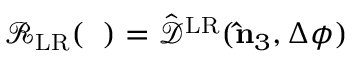
\mathcal { R } _ { \mathrm { L R } } ( { \it \Delta \phi } ) = \hat { \mathcal { D } } ^ { \mathrm { L R } } ( { \bf \hat { n } } _ { 3 } , \Delta \phi )